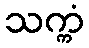
သက္ကံ